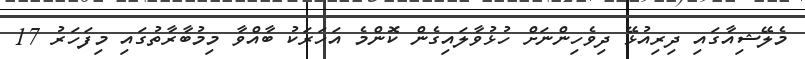
މެލޭޝިއާގައި ދިރިއުޅޭ ދިވެހިންނަށް ހުޅުވާލައިގެން ކޮންމެ އަހަރަކު ބާއްވާ މިމުބާރާތުގައި މިފަހަރު 17